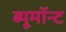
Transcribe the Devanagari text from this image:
ब्यूमॉन्ट